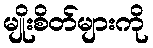
မျိုးစိတ်များကို